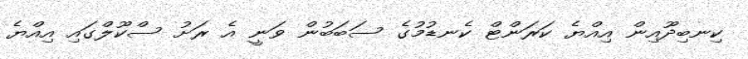
ކިނބިދޫއިން އިއްޔެ ކަރަންޓް ކެނޑުމުގެ ސަބަބުން ވަނީ އެ ރަށު ސްކޫލްގައި އިއްޔެ